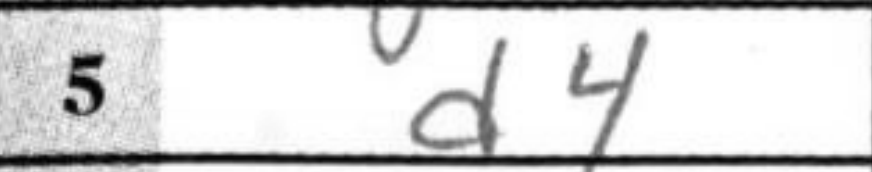
Transcription: d4